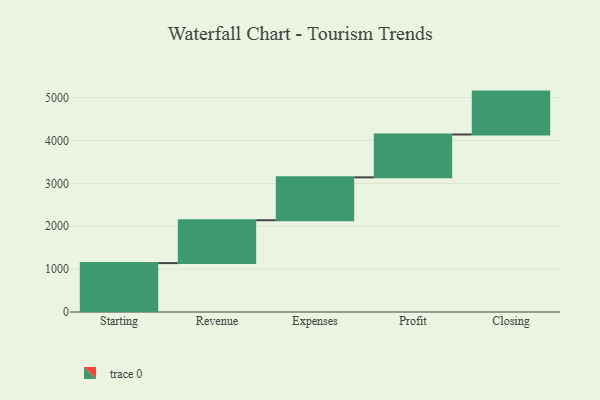
{"axis": {"x": "Step", "y": "Value"}, "legend": [""], "data": [{"x": "Starting", "y": 1140.0, "type": ""}, {"x": "Revenue", "y": 1000, "type": ""}, {"x": "Expenses", "y": 1000, "type": ""}, {"x": "Profit", "y": 1000, "type": ""}, {"x": "Closing", "y": 1000, "type": ""}]}